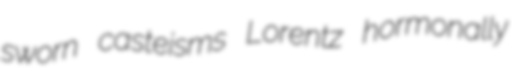
sworn casteisms Lorentz hormonally